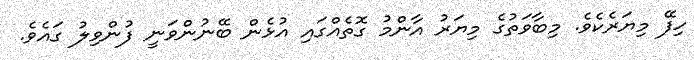
ހިފޭ މިޔަރެކެވެ. މިބާވަތުގެ މިޔަރު އާންމު ގޮތެއްގައި އުޅެން ބޭނުންވަނީ ފުންވިލު ގައެވެ.